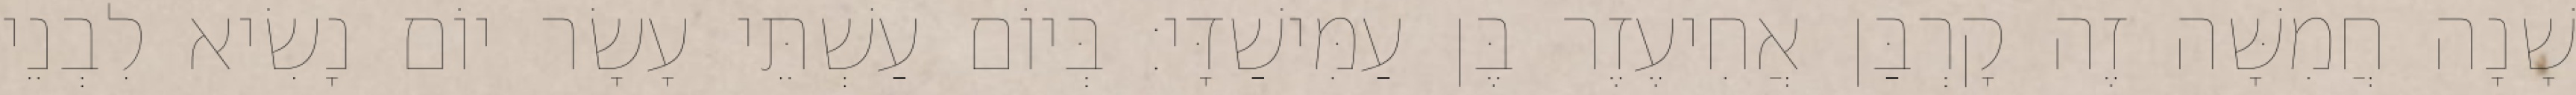
שָׁנָה חֲמִשָּׁה זֶה קָרְבַּן אֲחִיעֶזֶר בֶּן עַמִּישַׁדָּי׃ בְּיוֹם עַשְׁתֵּי עָשָׂר יוֹם נָשִׂיא לִבְנֵי